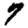
Digit: 7